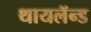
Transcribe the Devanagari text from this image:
थायलॅन्ड